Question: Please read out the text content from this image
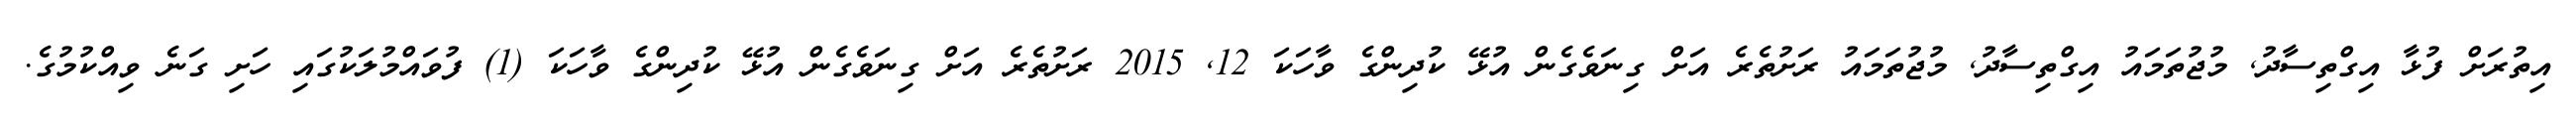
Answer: އިތުރަށް ފުޅާ އިގްތިސާދު, މުޖުތަމައު އިގްތިސާދު, މުޖުތަމައު ރަށުތެރެ އަށް ގިނަވެގެން އުޅޭ ކުދިންގެ ވާހަކަ 12, 2015 ރަށުތެރެ އަށް ގިނަވެގެން އުޅޭ ކުދިންގެ ވާހަކަ (1) ފުވައްމުލަކުގައި ހަށި ގަނެ ވިއްކުމުގެ.